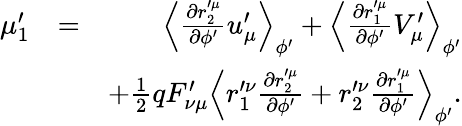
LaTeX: \begin{array}{rlr}{\mu_{1}^{\prime}}&{=}&{\left\langle\frac{\partial r_{2}^{\prime\mu}}{\partial\phi^{\prime}}u_{\mu}^{\prime}\right\rangle_{\phi^{\prime}}+\left\langle\frac{\partial r_{1}^{\prime\mu}}{\partial\phi^{\prime}}V_{\mu}^{\prime}\right\rangle_{\phi^{\prime}}}\\ &{}&{+\frac{1}{2}qF_{\nu\mu}^{\prime}\left\langle r_{1}^{\prime\nu}\frac{\partial r_{2}^{\prime\mu}}{\partial\phi^{\prime}}+r_{2}^{\prime\nu}\frac{\partial r_{1}^{\prime\mu}}{\partial\phi^{\prime}}\right\rangle_{\phi^{\prime}}.}\end{array}